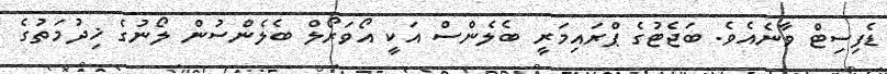
ޑެފިސިޓް ވާނެއެވެ. ބަޖެޓުގެ ޕްރައިމަރީ ބެލެންސް އަކީ އޯވަރޯލް ބެލެންސުން ލޯނުގެ ޚިދުމަތުގެ